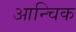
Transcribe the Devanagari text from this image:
आन्चिक